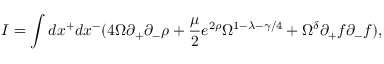
I = \int d x ^ { + } d x ^ { - } ( 4 \Omega \partial _ { + } \partial _ { - } \rho + \frac { \mu } { 2 } e ^ { 2 \rho } \Omega ^ { 1 - \lambda - \gamma / 4 } + \Omega ^ { \delta } \partial _ { + } f \partial _ { - } f ) ,